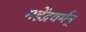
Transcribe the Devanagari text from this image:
महेंद्रवर्मन्‌